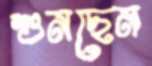
শুনছেন